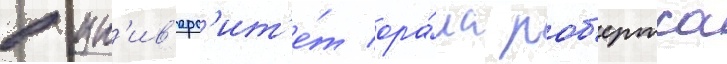
в ун'ив'ерс'ит'е́т ора́ла роб'ертса